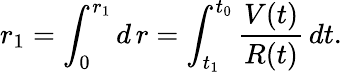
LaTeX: r_{1}=\int_{0}^{r_{1}}d\, r=\int_{t_{1}}^{t_{0}}\frac{V(t)}{R(t)}\, dt.